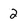
Character: 2